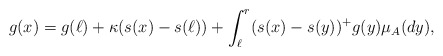
\begin{align*}g(x)=g(\ell) +\kappa (s(x)-s(\ell))+ \int_{\ell}^r (s(x)-s(y))^+g(y)\mu_A(dy),\end{align*}